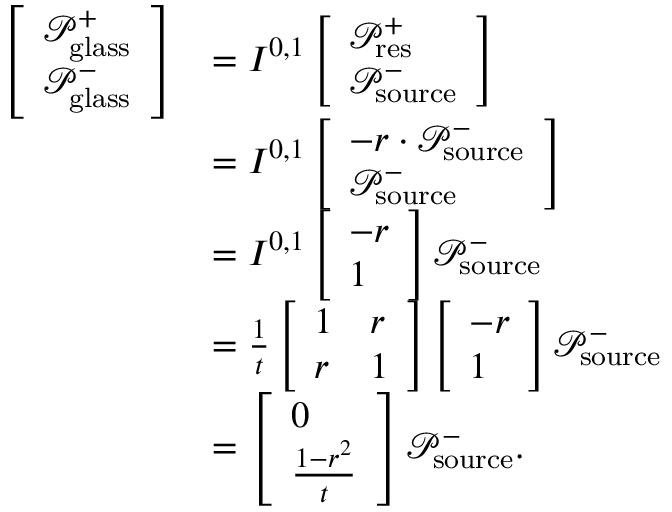
\begin{array} { r l } { \left[ \begin{array} { l } { \mathcal { P } _ { \mathrm { g l a s s } } ^ { + } } \\ { \mathcal { P } _ { \mathrm { g l a s s } } ^ { - } } \end{array} \right] } & { = I ^ { 0 , 1 } \left[ \begin{array} { l } { \mathcal { P } _ { \mathrm { r e s } } ^ { + } } \\ { \mathcal { P } _ { \mathrm { s o u r c e } } ^ { - } } \end{array} \right] } \\ & { = I ^ { 0 , 1 } \left[ \begin{array} { l } { - r \cdot \mathcal { P } _ { \mathrm { s o u r c e } } ^ { - } } \\ { \mathcal { P } _ { \mathrm { s o u r c e } } ^ { - } } \end{array} \right] } \\ & { = I ^ { 0 , 1 } \left[ \begin{array} { l } { - r } \\ { 1 } \end{array} \right] \mathcal { P } _ { \mathrm { s o u r c e } } ^ { - } } \\ & { = \frac { 1 } { t } \left[ \begin{array} { l l } { 1 } & { r } \\ { r } & { 1 } \end{array} \right] \left[ \begin{array} { l } { - r } \\ { 1 } \end{array} \right] \mathcal { P } _ { \mathrm { s o u r c e } } ^ { - } } \\ & { = \left[ \begin{array} { l } { 0 } \\ { \frac { 1 - r ^ { 2 } } { t } } \end{array} \right] \mathcal { P } _ { \mathrm { s o u r c e } } ^ { - } . } \end{array}